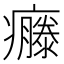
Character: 𤻴